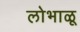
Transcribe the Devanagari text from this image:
लोभाळू